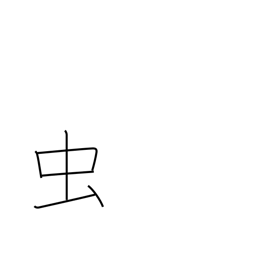
Meaning: bug